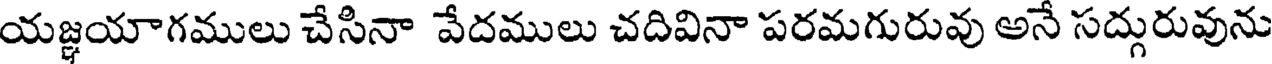
యజ్ఞయాగములు చేసినా వేదములు చదివినా పరమగురువు అనే సద్గురువును